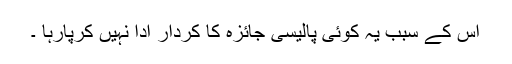
اس کے سبب یہ کوئی پالیسی جائزہ کا کردار ادا نہیں کرپارہا ۔